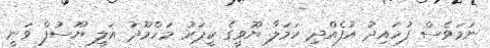
ނަމަވެސް ފުހައިދު އުފެއްދި ހަމަލާ ޔޫވީގެ ކީޕަރު މަހްމޫދު އަލީ ޔޫސުފް ވަނީ